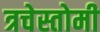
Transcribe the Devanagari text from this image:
त्रचेस्तोमी